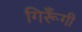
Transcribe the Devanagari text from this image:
गिरूँगी